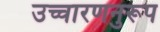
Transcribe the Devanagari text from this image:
उच्चारणनुरूप